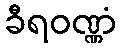
ခီရဝဏ္ဏံ